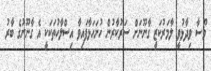
މޫސާ ވިދާޅުވީ ލާމަރުކަޒީ ގާނޫނަށް ސަރުކާރުން ހުށަހަޅާފައިވާ އިސްލާހުތަކަކީ އެ ގާނޫނުގެ ބާރު